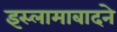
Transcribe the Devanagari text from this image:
इस्लामाबादने